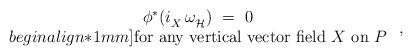
\begin{align*} \begin{array}{c} \phi^* (i_X^{} \, \omega_{\mathcal{H}}^{})~=~0 \\begin{align*}1mm] \mbox{for any vertical vector field $X$ on~$P$} \end{array}~,\end{align*}